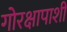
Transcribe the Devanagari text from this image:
गोरक्षापाशी